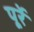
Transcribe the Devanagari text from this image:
पूर्रे